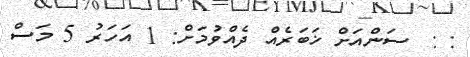
: :  ސަންއަށް ޚަބަރެއް ދެއްވުމަށް: 1 އަހަރު 5 މަސް